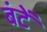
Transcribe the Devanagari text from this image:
बंटें